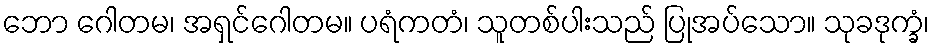
ဘော ဂေါတမ၊ အရှင်ဂေါတမ။ ပရံကတံ၊ သူတစ်ပါးသည် ပြုအပ်သော။ သုခဒုက္ခံ၊